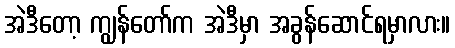
အဲဒီတော့ ကျွန်တော်က အဲဒီမှာ အခွန်ဆောင်ရမှာလား။